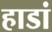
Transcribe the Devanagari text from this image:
हाडां